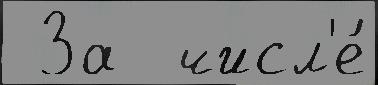
 За  числ'е́